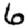
Digit: 6